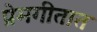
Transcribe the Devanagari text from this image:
प्रेमगीतात